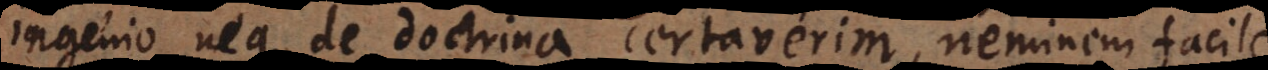
ingenio neque de doctrina certaverim, neminem facile